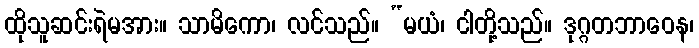
ထိုသူဆင်းရဲမအား။ သာမိကော၊ လင်သည်။ “မယံ၊ ငါတို့သည်။ ဒုဂ္ဂတဘာဝေန၊